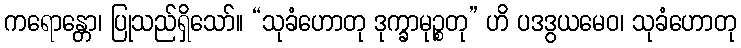
ကရောန္တော၊ ပြုသည်ရှိသော်။ “သုခံဟောတု ဒုက္ခာမုဉ္စတု” ဟိ ပဒဒွယမေဝ၊ သုခံဟောတု